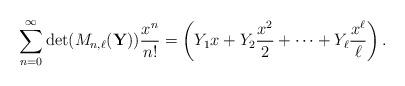
LaTeX: \begin{align*}\sum_{n=0}^{\infty} \det( M_{n, \ell}(\mathbf{Y})) \frac{x^{n}}{n!} = \left( Y_{1} x + Y_{2} \frac{x^{2}}{2} + \cdots + Y_{\ell} \frac{x^{\ell}}{\ell} \right).\end{align*}